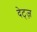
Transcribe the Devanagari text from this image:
देट्ज़